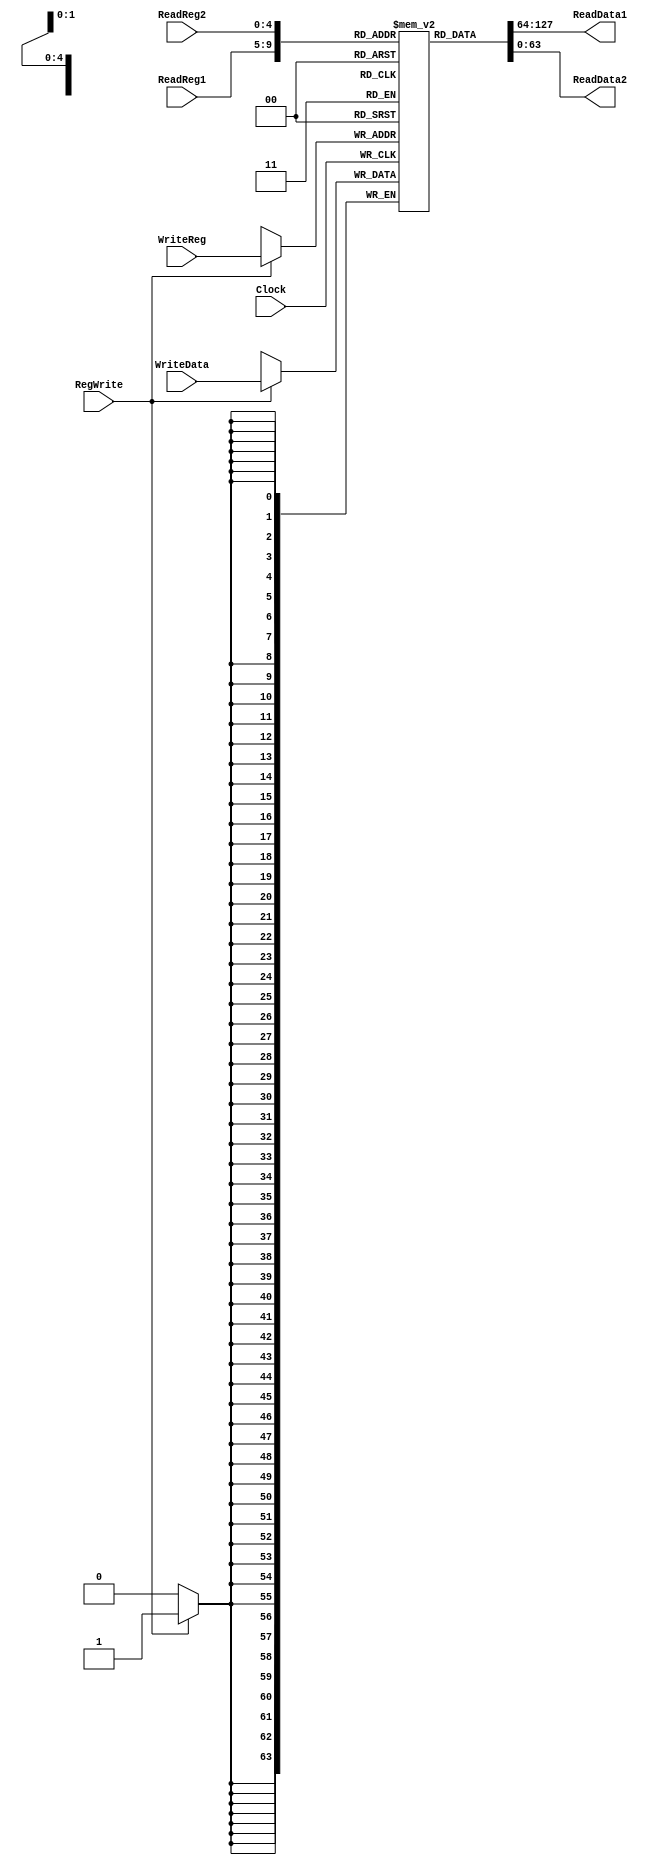
module RegisterFile(Clock, ReadReg1, ReadReg2, ReadData1, ReadData2, RegWrite, WriteReg, WriteData);
	input Clock, RegWrite;
	input [4:0] ReadReg1, ReadReg2, WriteReg;
	input [63:0] WriteData;
	output reg [63:0] ReadData1, ReadData2;
	reg [63:0] registers [0:31];

	always @(ReadReg1 | ReadReg2)
	begin
		ReadData1 = registers[ReadReg1];
		ReadData2 = registers[ReadReg2];
	end

	always @(posedge Clock)
		if (RegWrite == 1) registers[WriteReg] = WriteData;
endmodule